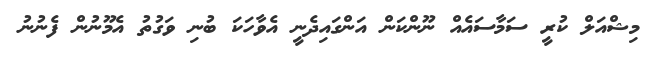
މިޝްއަލް ކުރީ ސަމާސައެއް ނޫންކަން އަންގައިދެނީ އެވާހަކަ ބުނި ވަގުތު އެމޫނުން ފެނުނު